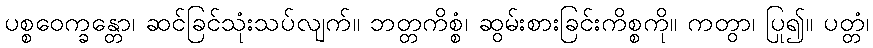
ပစ္စဝေက္ခန္တော၊ ဆင်ခြင်သုံးသပ်လျက်။ ဘတ္တကိစ္စံ၊ ဆွမ်းစားခြင်းကိစ္စကို။ ကတွာ၊ ပြု၍။ ပတ္တံ၊